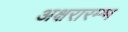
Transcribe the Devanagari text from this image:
अक्षरारम्भ